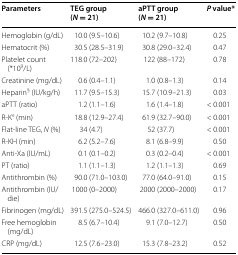
| Parameters | TEG group (N = 21) | aPTT group (N = 21) | P value* |
 | --- | --- | --- | --- |
 | Hemoglobin (g/dL) | 10.0 (9.5–10.6) | 10.2 (9.7–10.8) | 0.25 |
 | Hematocrit (%) | 30.5 (28.5–31.9) | 30.8 (29.0–32.4) | 0.47 |
 | Platelet count (*109/L) | 118.0 (72–202) | 122 (88–172) | 0.78 |
 | Creatinine (mg/dL) | 0.6 (0.4–1.1) | 1.0 (0.8–1.3) | 0.14 |
 | Heparin§ (IU/kg/h) | 11.7 (9.5–15.3) | 15.7 (10.9–21.3) | 0.03 |
 | aPTT (ratio) | 1.2 (1.1–1.6) | 1.6 (1.4–1.8) | < 0.001 |
 | R-K° (min) | 18.8 (12.9–27.4) | 61.9 (32.7–90.0) | < 0.001 |
 | Flat-line TEG, N (%) | 34 (4.7) | 52 (37.7) | < 0.001 |
 | R-KH (min) | 6.2 (5.2–7.6) | 8.1 (6.8–9.9) | 0.50 |
 | Anti-Xa (IU/mL) | 0.1 (0.1–0.2) | 0.3 (0.2–0.4) | < 0.001 |
 | PT (ratio) | 1.1 (1.1–1.3) | 1.2 (1.1–1.3) | 0.69 |
 | Antithrombin (%) | 90.0 (71.0–103.0) | 77.0 (64.0–91.0) | 0.15 |
 | Antithrombin (IU/die) | 1000 (0–2000) | 2000 (2000–2000) | 0.17 |
 | Fibrinogen (mg/dL) | 391.5 (275.0–524.5) | 466.0 (327.0–611.0) | 0.96 |
 | Free hemoglobin (mg/dL) | 8.5 (6.7–10.4) | 9.1 (7.0–12.7) | 0.50 |
 | CRP (mg/dL) | 12.5 (7.6–23.0) | 15.3 (7.8–23.2) | 0.52 |